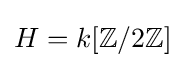
H=k[\mathbb {Z} /2\mathbb {Z} ]